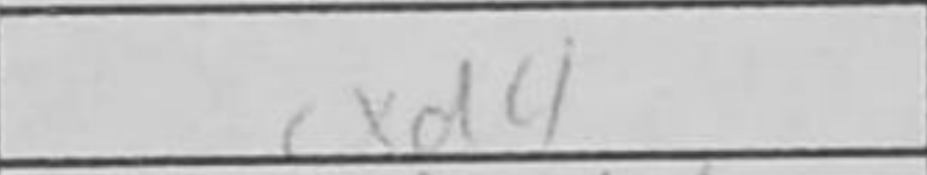
Transcription: cxd4